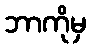
ဘာကိုမှ